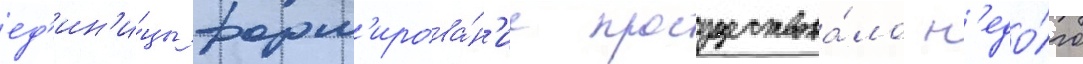
ед'ин'и́цы форм'ирова́н'ие просуществова́ло н'едо́лго